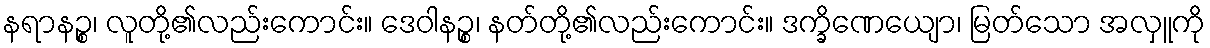
နရာနဉ္စ၊ လူတို့၏လည်းကောင်း။ ဒေဝါနဉ္စ၊ နတ်တို့၏လည်းကောင်း။ ဒက္ခိဏေယျော၊ မြတ်သော အလှူကို